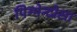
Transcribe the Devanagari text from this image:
पिग्मेन्टोसा